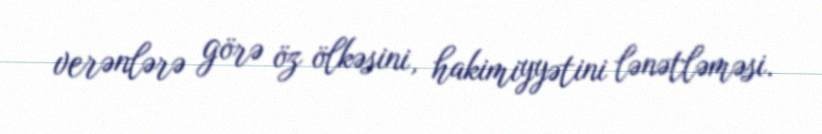
verənlərə görə öz ölkəsini, hakimiyyətini lənətləməsi.